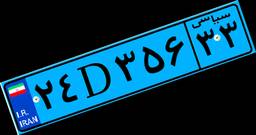
۵۴D۵۳۳۲۹